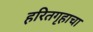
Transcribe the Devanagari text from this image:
हरितगृहाचा